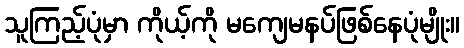
သူကြည့်ပုံမှာ ကိုယ့်ကို မကျေမနပ်ဖြစ်နေပုံမျိုး။